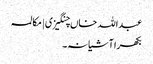
عبداللہ خاں چنگیزی | مکالمہ
بکھرا آشیانہ۔